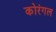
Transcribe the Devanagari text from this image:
कोरंगल